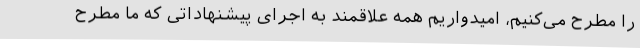
را مطرح می‌کنیم، امیدواریم همه علاقمند به اجرای پیشنهاداتی که ما مطرح